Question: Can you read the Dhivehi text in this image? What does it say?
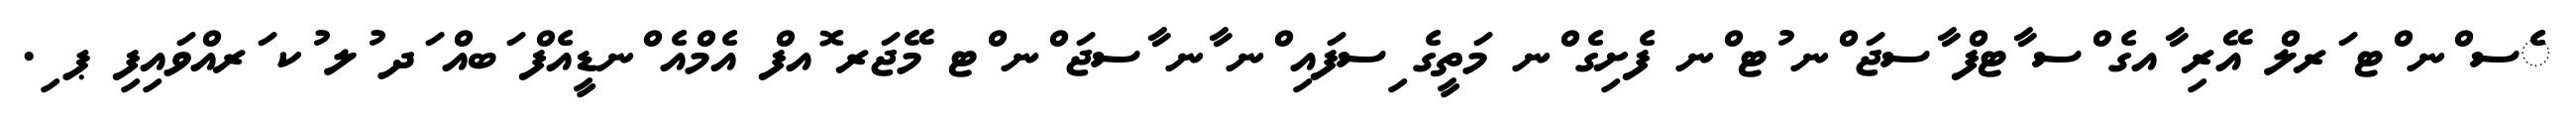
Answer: ެސ ްނ ްޓ ަރލް އޭރި ާއގެ ްސ ާޓފް ާސޖަ ްނ ުޓ ްނ ފެށިގެ ްނ މަތީގެ ިސފައި ްނ ާނ ާސޖަ ްނ ްޓ މޭޖަރ ޮއފް އެމްއެ ްނޑީއެފް ަބއް ަދ ުލ ުކ ަރއްވައިފި ޕ ި.